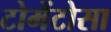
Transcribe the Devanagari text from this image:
टोमेंटोसा